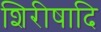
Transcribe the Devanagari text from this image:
शिरीषादि